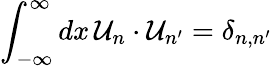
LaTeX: \int_{-\infty}^{\infty}dx\, \mathcal{U}_{n}\cdot\mathcal{U}_{n^{\prime}}=\delta_{n,n^{\prime}}